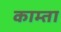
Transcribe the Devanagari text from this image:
काम्ता